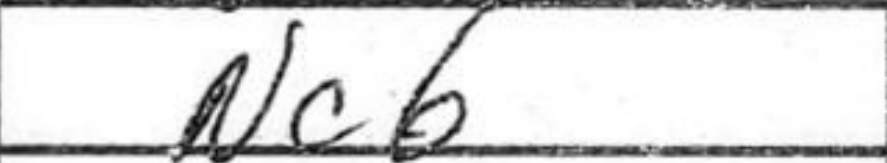
Transcription: Nc6